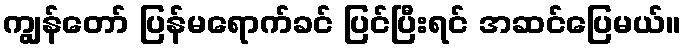
ကျွန်တော် ပြန်မရောက်ခင် ပြင်ပြီးရင် အဆင်ပြေမယ်။